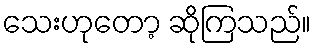
သေးဟုတော့ ဆိုကြသည်။